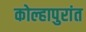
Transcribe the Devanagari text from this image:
कोल्हापुरांत